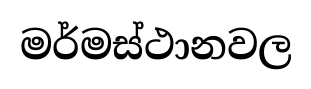
මර්මස්ථානවල